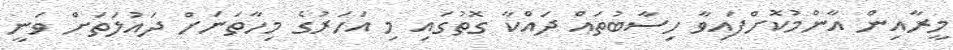
މީރާއިން އާންމުކޮށްފައިވާ ހިސާބުތައް ދައްކާ ގޮތުގައި މި އަހަރުގެ މިހާތަނަށް ދައުލަތަށް ވަނީ